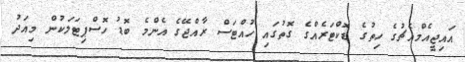
އައިޖީއެމްއެޗުގެ ހިތުގެ ޑޮކްޓަރެއްގެ ގޮތުގައި ހުއްޓަސް ރާއްޖޭގެ އެންމެ ބޮޑު ހޮސްޕިޓަލަކުން މިއަދު